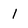
Character: 1